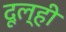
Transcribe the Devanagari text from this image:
दूल्ही